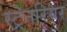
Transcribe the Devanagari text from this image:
स्ट्रेनरियर